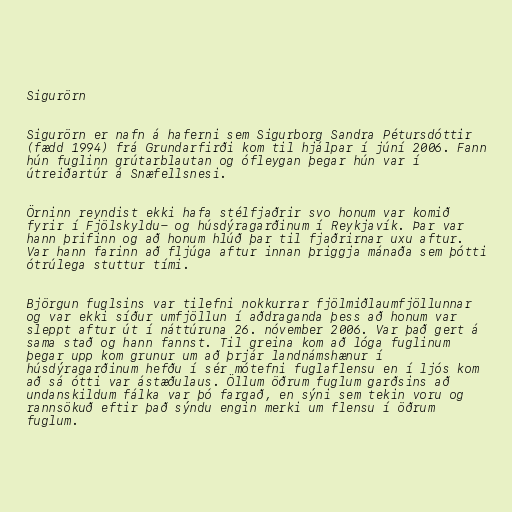
Sigurörn

Sigurörn er nafn á haferni sem Sigurborg Sandra Pétursdóttir
(fædd 1994) frá Grundarfirði kom til hjálpar í júní 2006. Fann
hún fuglinn grútarblautan og ófleygan þegar hún var í
útreiðartúr á Snæfellsnesi.

Örninn reyndist ekki hafa stélfjaðrir svo honum var komið
fyrir í Fjölskyldu- og húsdýragarðinum í Reykjavík. Þar var
hann þrifinn og að honum hlúð þar til fjaðrirnar uxu aftur.
Var hann farinn að fljúga aftur innan þriggja mánaða sem þótti
ótrúlega stuttur tími.

Björgun fuglsins var tilefni nokkurrar fjölmiðlaumfjöllunnar
og var ekki síður umfjöllun í aðdraganda þess að honum var
sleppt aftur út í náttúruna 26. nóvember 2006. Var það gert á
sama stað og hann fannst. Til greina kom að lóga fuglinum
þegar upp kom grunur um að þrjár landnámshænur í
húsdýragarðinum hefðu í sér mótefni fuglaflensu en í ljós kom
að sá ótti var ástæðulaus. Öllum öðrum fuglum garðsins að
undanskildum fálka var þó fargað, en sýni sem tekin voru og
rannsökuð eftir það sýndu engin merki um flensu í öðrum
fuglum.